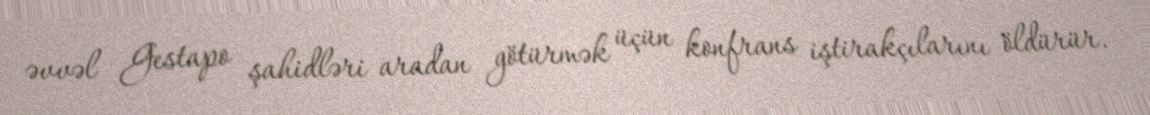
əvvəl Gestapo şahidləri aradan götürmək üçün konfrans iştirakçılarını öldürür.